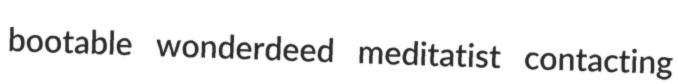
bootable wonderdeed meditatist contacting